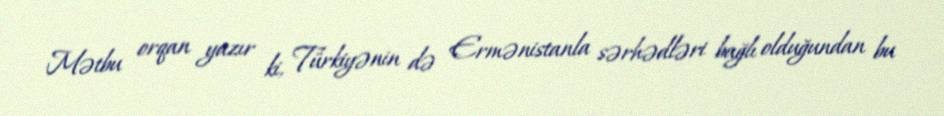
Mətbu orqan yazır ki, Türkiyənin də Ermənistanla sərhədləri bağlı olduğundan bu